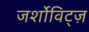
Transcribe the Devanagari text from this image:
जर्शोविट्ज़